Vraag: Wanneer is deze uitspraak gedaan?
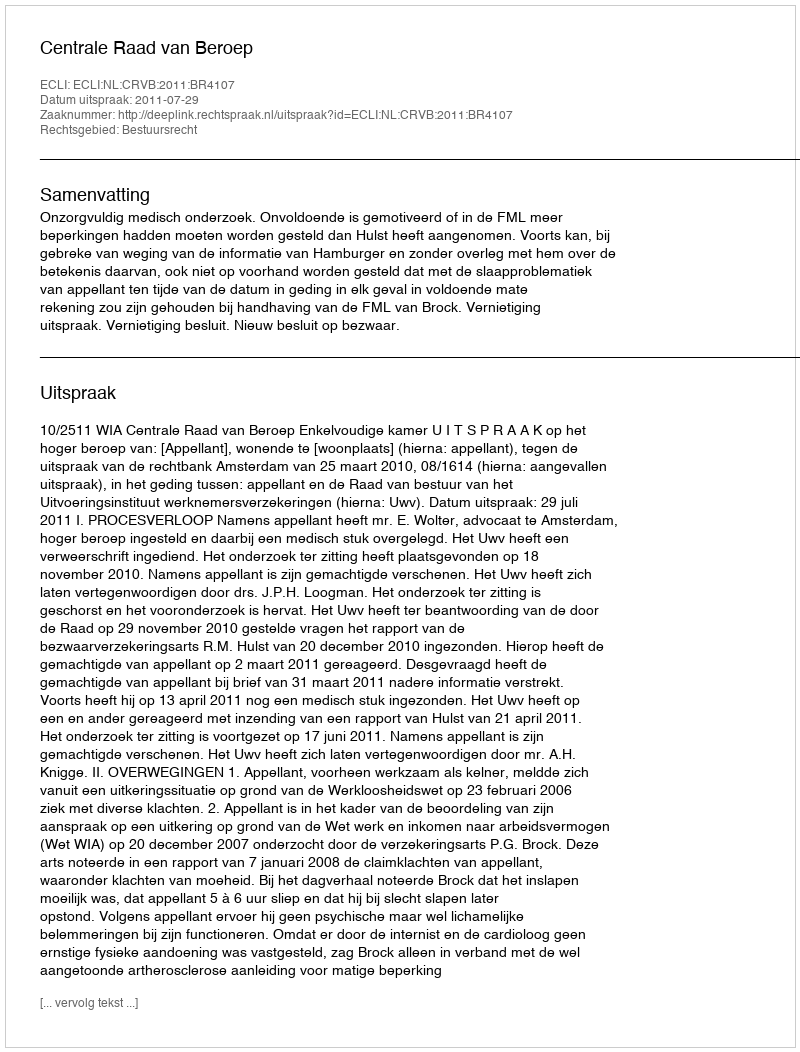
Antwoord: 2011-07-29